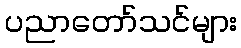
ပညာတော်သင်များ